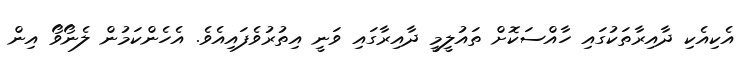
އެކިއެކި ދާއިރާތަކުގައި ހާއްސަކޮށް ތައުލީމީ ދާއިރާގައި ވަނީ އިތުރުވެފައިއެވެ. އެހެންކަމުން ލެނޯވޯ އިން